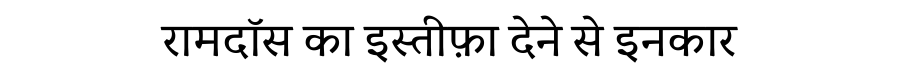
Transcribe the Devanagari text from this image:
रामदॉस का इस्तीफ़ा देने से इनकार